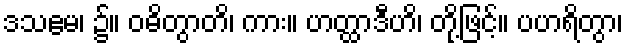
ဒသဧမ၊ ၌။ ဝဓိတွာတိ၊ ကား။ ဟတ္ထာဒီဟိ၊ တို့ဖြင့်။ ပဟရိတွာ၊